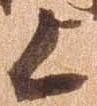
上